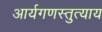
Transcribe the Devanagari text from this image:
आर्यगणस्तुत्याय